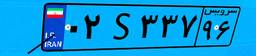
۰۲S۳۳۷۹۶